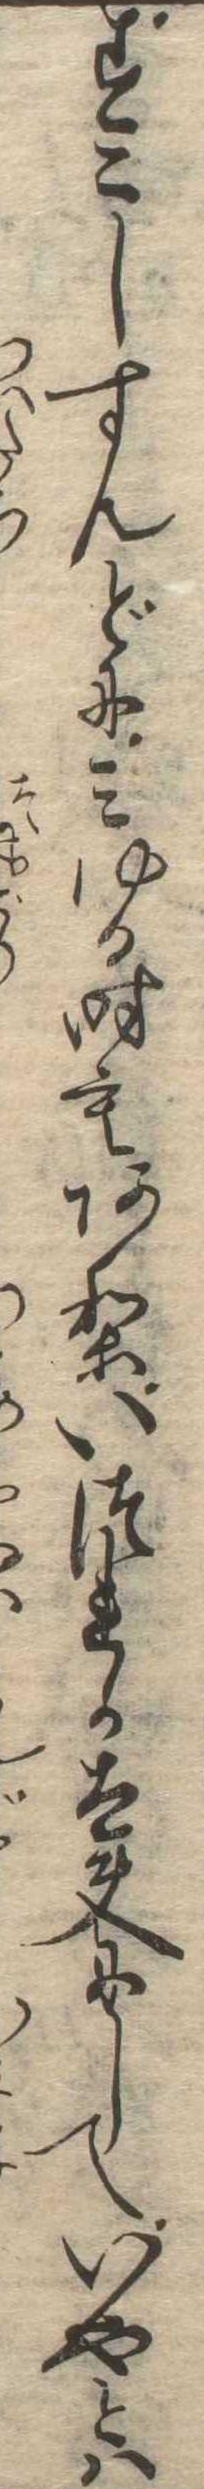
すこしすんどにみゆる時もありいつれか太夫にしていやとは